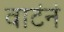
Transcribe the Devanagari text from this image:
वाटंनं